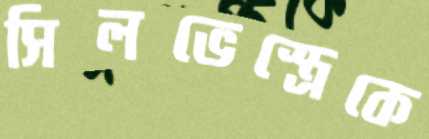
সিলভেস্ত্রেকে